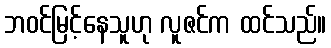
ဘဝင်မြင့်နေသူဟု လူဇင်က ထင်သည်။